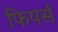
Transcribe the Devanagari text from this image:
फियर्स